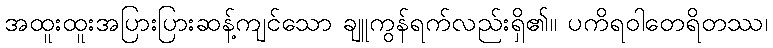
အထူးထူးအပြားပြားဆန့်ကျင်သော ချူကွန်ရက်လည်းရှိ၏။ ပကိရဝါတေရိတဿ၊